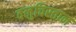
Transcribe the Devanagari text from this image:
वलुचिस्तान